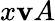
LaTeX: x\mathbf{v}A